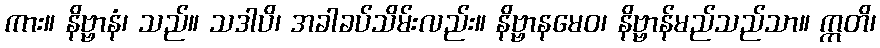
ကား။ နိဗ္ဗာနံ၊ သည်။ သဒါပိ၊ အခါခပ်သိမ်းလည်း။ နိဗ္ဗာနမေဝ၊ နိဗ္ဗာန်မည်သည်သာ။ ဣတိ၊